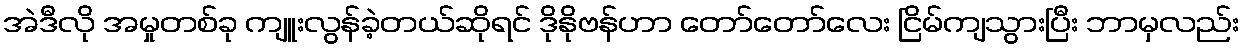
အဲဒီလို အမှုတစ်ခု ကျူးလွန်ခဲ့တယ်ဆိုရင် ဒိုနိုဗန်ဟာ တော်တော်လေး ငြိမ်ကျသွားပြီး ဘာမှလည်း